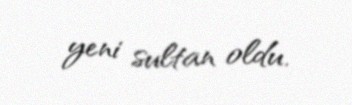
yeni sultan oldu.